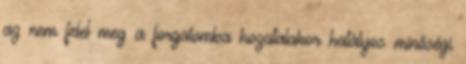
az nem felel meg a forgalomba hozatalakor hatályos minőségi